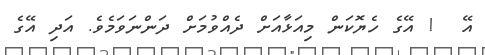
އޭ  ! އޭގެ ހެޔޮކަން މިއަޅާއަށް ދެއްވުމަށް ދަންނަވަމެވެ. އަދި އޭގެ